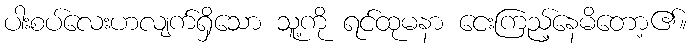
ပါးစပ်လေးဟလျက်ရှိသော သူ့ကို ရင်ထုမနာ ငေးကြည့်နေမိတော့၏။